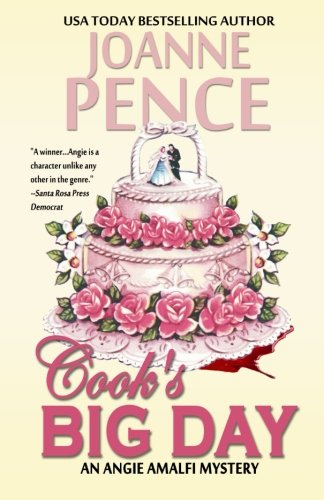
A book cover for Cook's Big Day: An Angie Amalfi Mystery (The Angie Amalfi Mysteries) (Volume 16); Joanne Pence; Mystery, Thriller & Suspense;